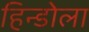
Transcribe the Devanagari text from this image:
हिन्डोला